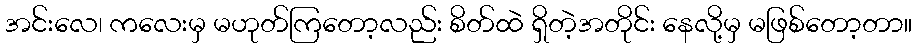
အင်းလေ၊ ကလေးမှ မဟုတ်ကြတော့လည်း စိတ်ထဲ ရှိတဲ့အတိုင်း နေလို့မှ မဖြစ်တော့တာ။